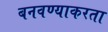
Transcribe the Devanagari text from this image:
बनवण्याकरता